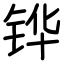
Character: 铧